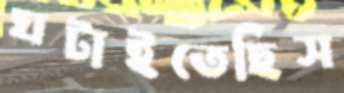
ঘটাইতেছিস